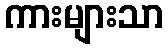
ကားများသာ